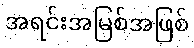
အရင်းအမြစ်အဖြစ်